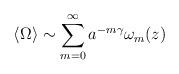
LaTeX: \begin{align*}\langle \Omega \rangle \sim \sum_{m=0}^{\infty} a^{-m \gamma} \omega_{m}(z)\end{align*}